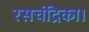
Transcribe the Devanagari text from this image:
रसचंद्रिका।